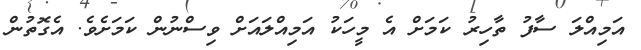
އަމިއްލަ ސާފު ތާހިރު ކަމަށް އެ މީހަކު އަމިއްލައަށް ވިސްނުން ކަމަށެވެ. އެގޮތުން